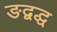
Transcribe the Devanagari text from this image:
ङद्वद्ध